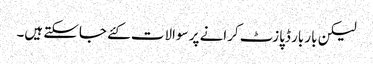
لیکن بار بار ڈپازٹ کرانے پر سوالات کئے جاسکتے ہیں۔